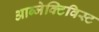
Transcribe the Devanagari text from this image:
आब्जेक्टिविस्ट